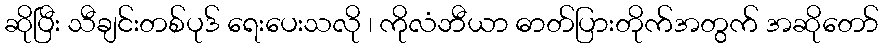
ဆိုပြီး သီချင်းတစ်ပုဒ် ရေးပေးသလို ၊ ကိုလံဘီယာ ဓာတ်ပြားတိုက်အတွက် အဆိုတော်